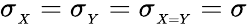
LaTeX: \sigma_{_X}=\sigma_{_{Y}}=\sigma_{_{X=Y}}=\sigma